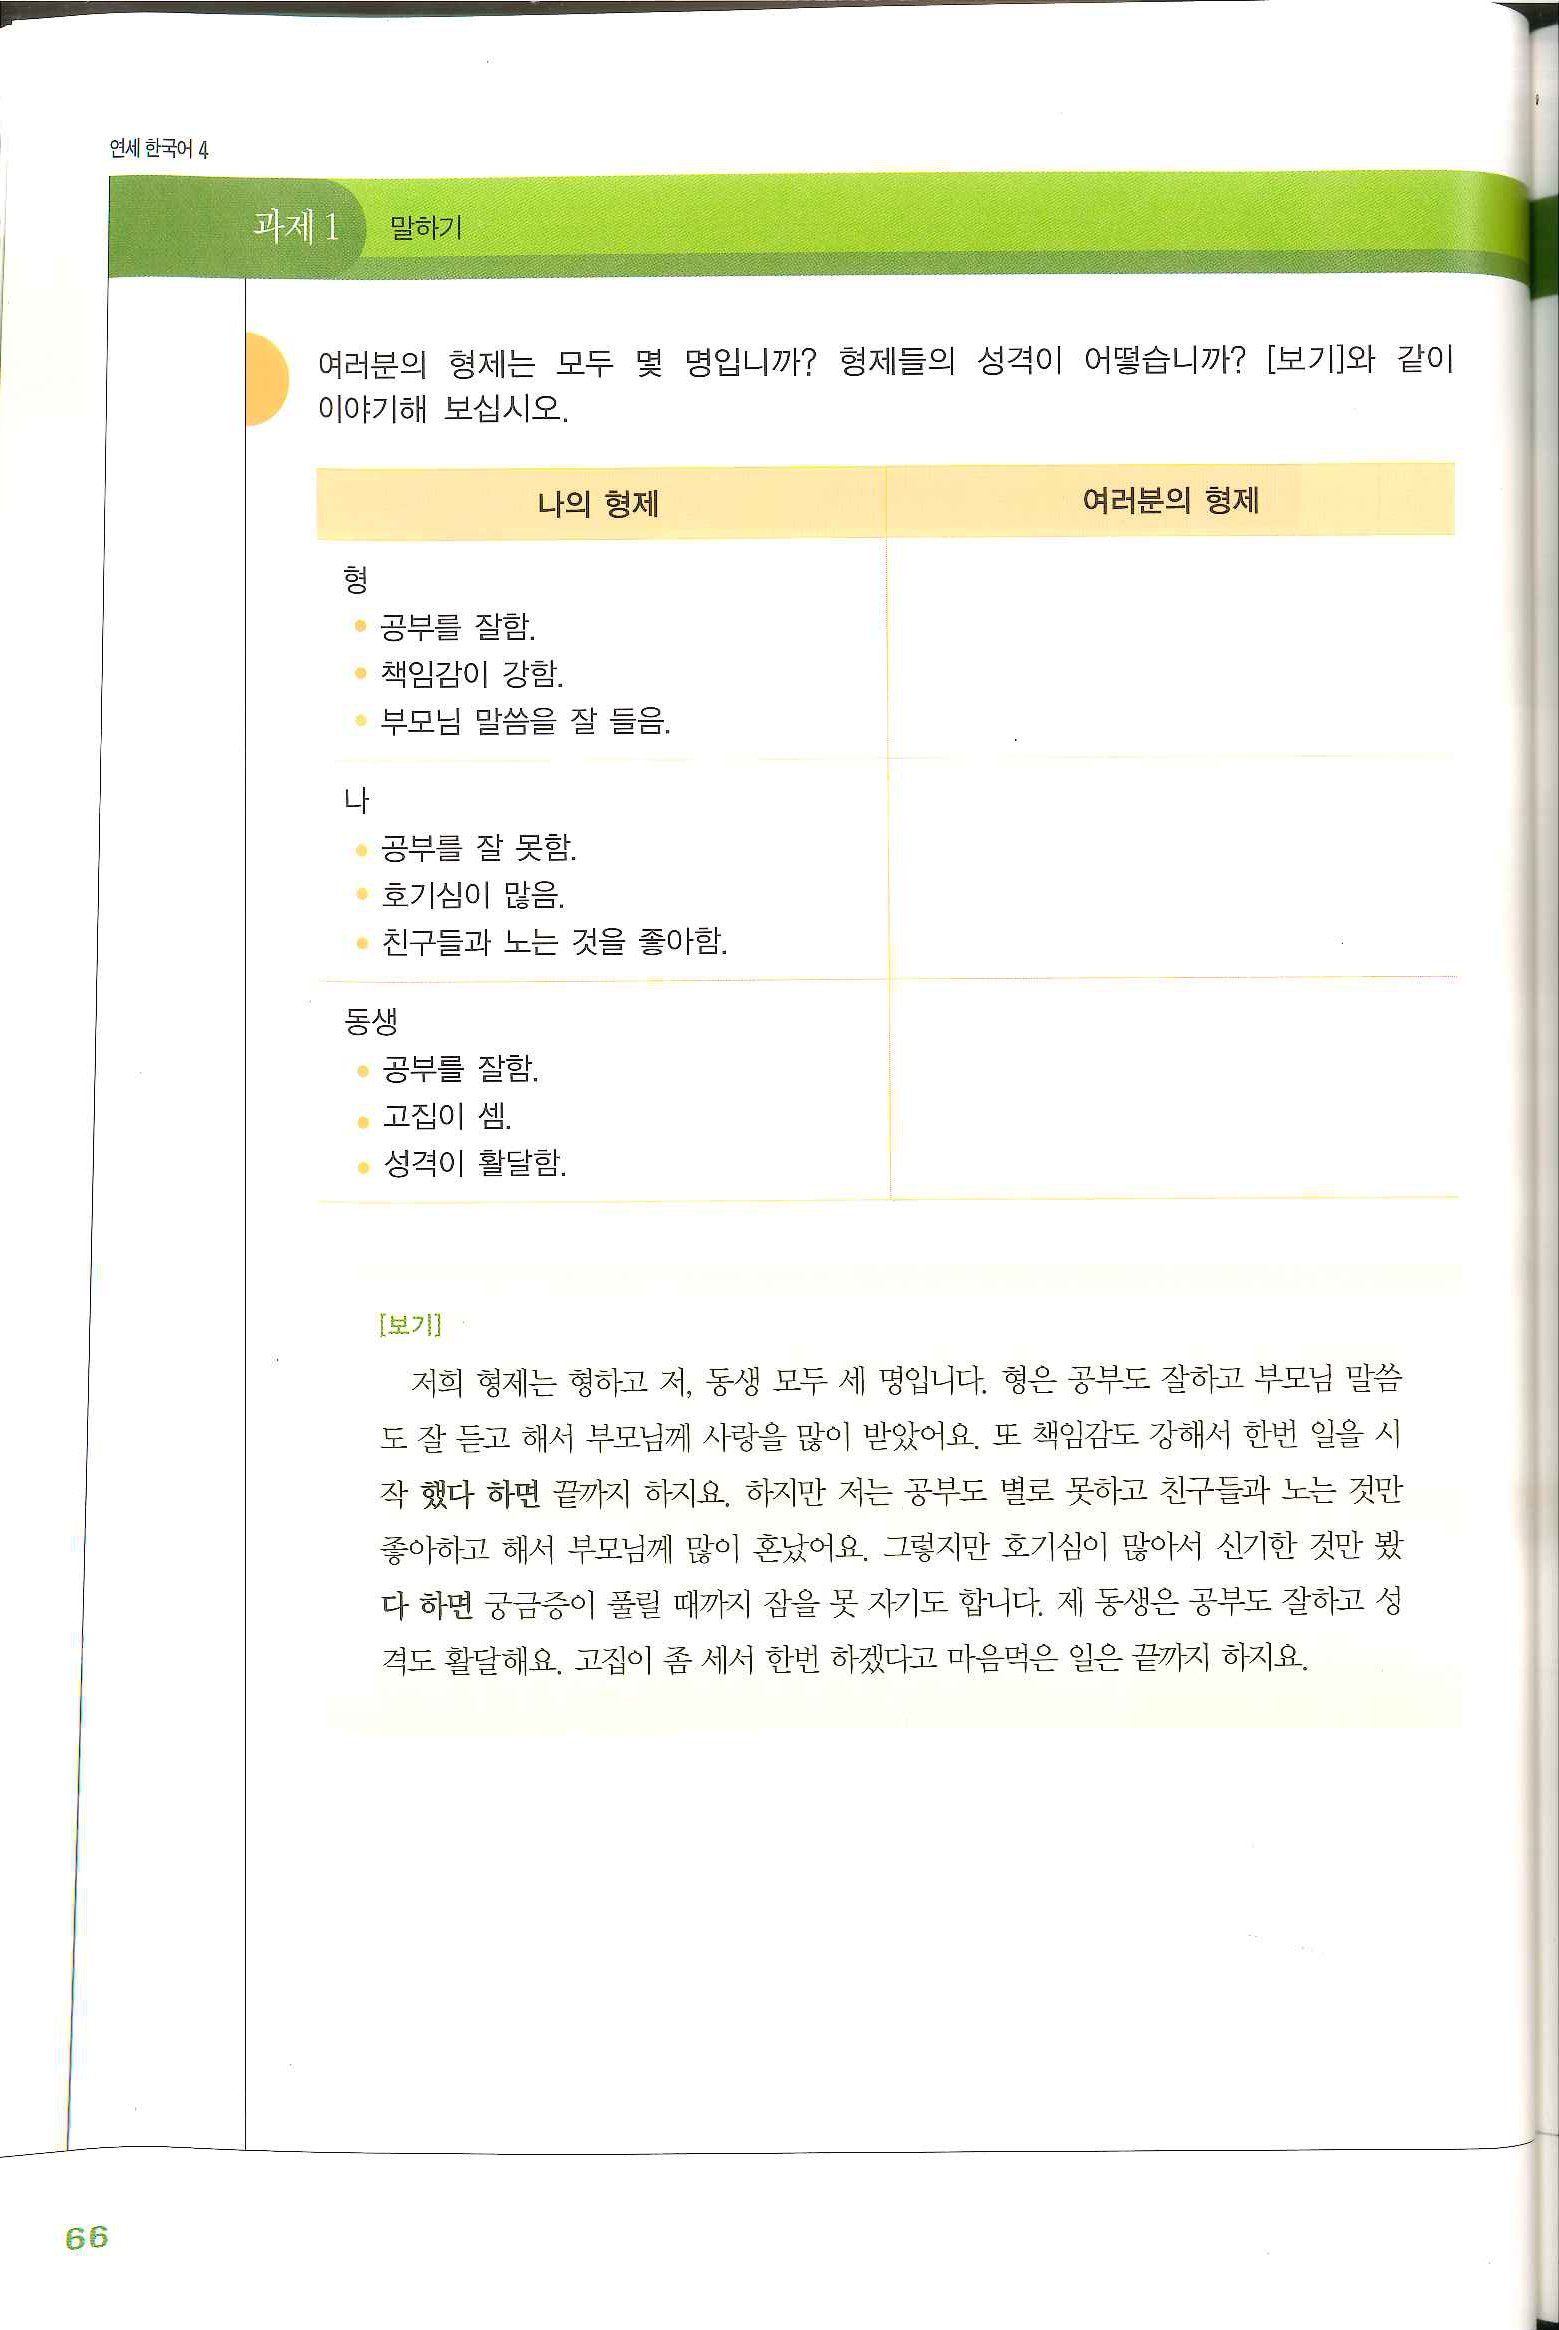
Language: ko